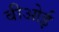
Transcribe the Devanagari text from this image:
बीओई